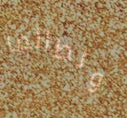
ولطالما